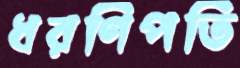
ধরণিপতি